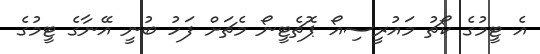
އެ ޓީމުގެ ކޯޗު މައުރީސިއޯ ޕޮޗެޓީނޯ މެޗަށް ފަހު ބުނީ އޭނާގެ ޓީމުގެ